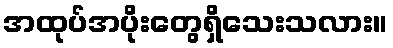
အထုပ်အပိုးတွေရှိသေးသလား။